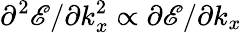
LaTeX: \partial^{2}\mathscr{E}/\partial k_{x}^{2}\propto\partial\mathscr{E}/\partial k_{x}